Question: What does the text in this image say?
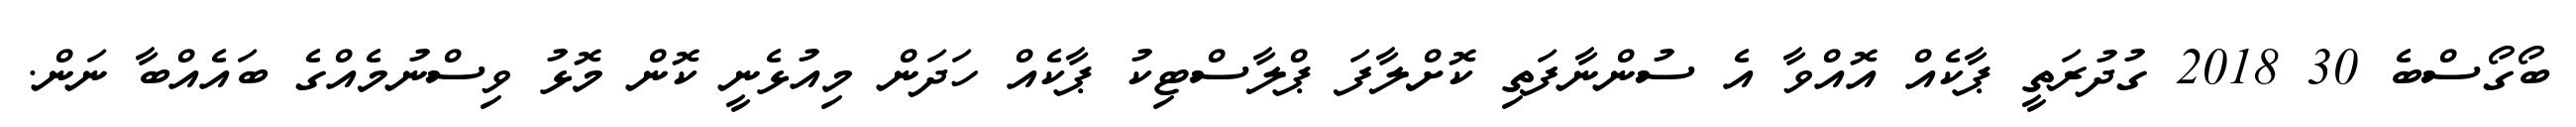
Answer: ބޯގޯސްބެ 30 2018 ގުދުރަތީ ޕާކެއް އޮއްވާ އެ ސުންނާފަތި ކޮށްލާފަ ޕްލާސްޓިކު ޕާކެއް ހަދަން މިއުޅެނީ ކޮން މޮޅު ވިސްނުމެއްގެ ބައެއްބާ ނަން.